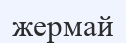
жермай